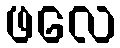
ဖလေ